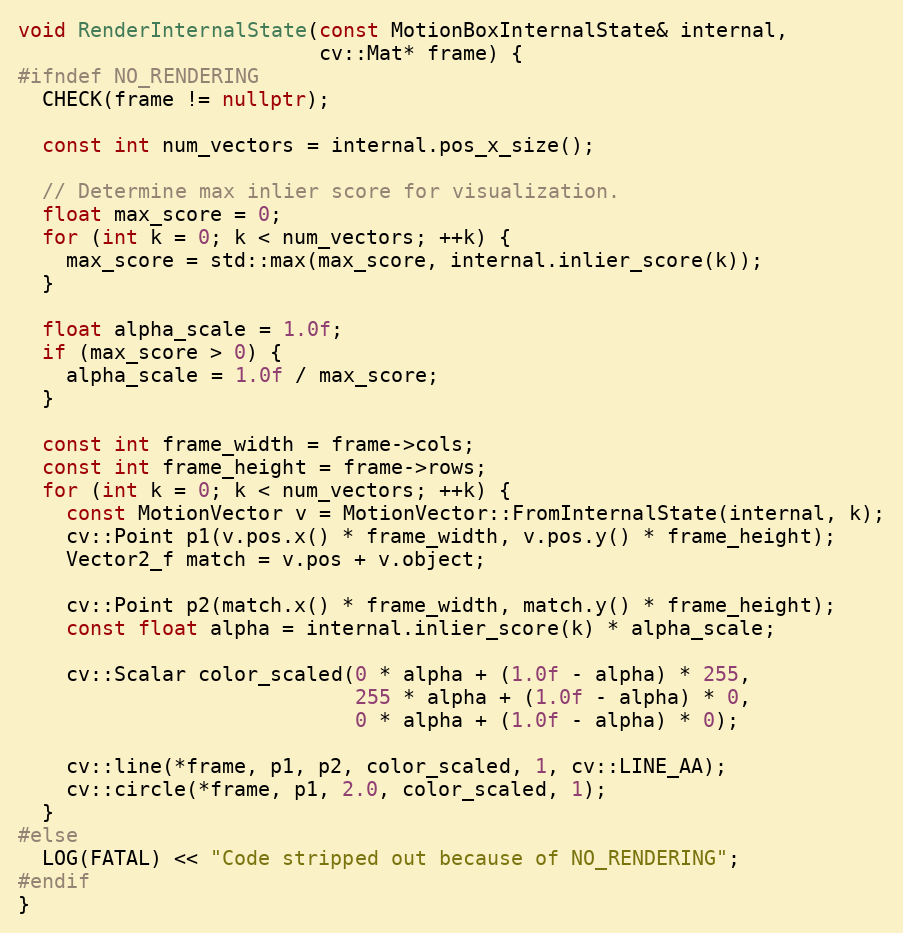
Language: C++
void RenderInternalState(const MotionBoxInternalState& internal,
                         cv::Mat* frame) {
#ifndef NO_RENDERING
  CHECK(frame != nullptr);

  const int num_vectors = internal.pos_x_size();

  // Determine max inlier score for visualization.
  float max_score = 0;
  for (int k = 0; k < num_vectors; ++k) {
    max_score = std::max(max_score, internal.inlier_score(k));
  }

  float alpha_scale = 1.0f;
  if (max_score > 0) {
    alpha_scale = 1.0f / max_score;
  }

  const int frame_width = frame->cols;
  const int frame_height = frame->rows;
  for (int k = 0; k < num_vectors; ++k) {
    const MotionVector v = MotionVector::FromInternalState(internal, k);
    cv::Point p1(v.pos.x() * frame_width, v.pos.y() * frame_height);
    Vector2_f match = v.pos + v.object;

    cv::Point p2(match.x() * frame_width, match.y() * frame_height);
    const float alpha = internal.inlier_score(k) * alpha_scale;

    cv::Scalar color_scaled(0 * alpha + (1.0f - alpha) * 255,
                            255 * alpha + (1.0f - alpha) * 0,
                            0 * alpha + (1.0f - alpha) * 0);

    cv::line(*frame, p1, p2, color_scaled, 1, cv::LINE_AA);
    cv::circle(*frame, p1, 2.0, color_scaled, 1);
  }
#else
  LOG(FATAL) << "Code stripped out because of NO_RENDERING";
#endif
}